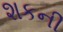
શકની